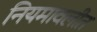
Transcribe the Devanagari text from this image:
नियमावलीत